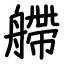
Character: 艜